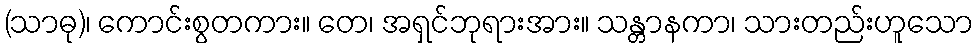
(သာဓု)၊ ကောင်းစွတကား။ တေ၊ အရှင်ဘုရားအား။ သန္တာနကာ၊ သားတည်းဟူသော